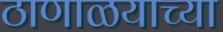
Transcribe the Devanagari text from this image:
ठाणाळयाच्या